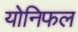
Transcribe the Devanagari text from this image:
योनिफल